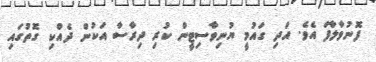
ފޮނުވާލާފަ އެވެ. އަދި ގައުމީ ޔުނިވާސިޓީން ކުރި ދިރާސާ އަކުން ދެއްކި ގޮތުގައި